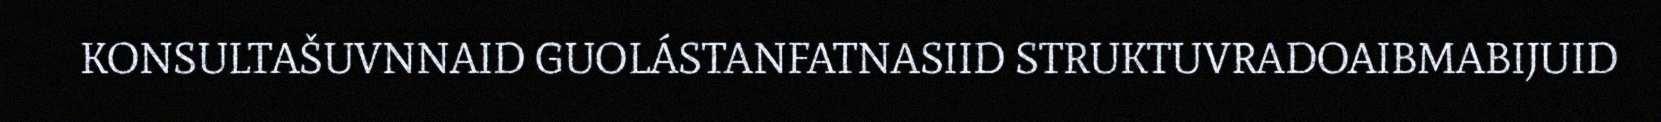
KONSULTAŠUVNNAID GUOLÁSTANFATNASIID STRUKTUVRADOAIBMABIJUID